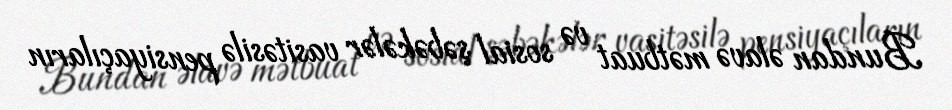
Bundan əlavə mətbuat və sosial şəbəkələr vasitəsilə pensiyaçıların